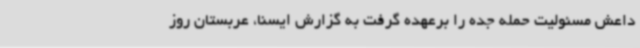
داعش مسئولیت حمله جده را برعهده گرفت به گزارش ایسنا، عربستان روز